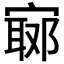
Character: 𡪅